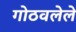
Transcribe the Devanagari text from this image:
गोठवलेले